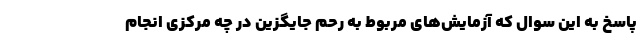
پاسخ به این سوال که آزمایش‌های مربوط به رحم جایگزین در چه مرکزی انجام